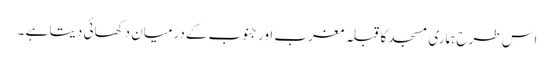
اس طرح ہماری مسجد کاقبلہ مغرب اورجنوب کےدرمیان دکھائی دیتا ہے ۔